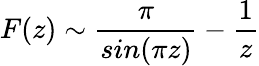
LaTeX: F(z)\sim\frac{\pi}{sin(\pi z)}-\frac{1}{z}